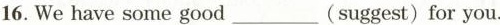
16. We have some good ___ (suggest)for you.